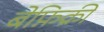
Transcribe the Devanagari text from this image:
बेफ़िक्री